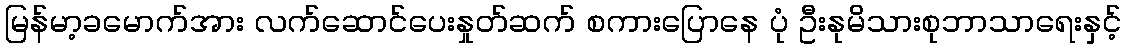
မြန်မာ့ခမောက်အား လက်ဆောင်ပေးနှုတ်ဆက် စကားပြောနေ ပုံ ဦးနုမိသားစုဘာသာရေးနှင့်